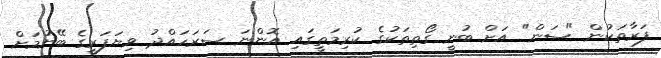
ފަރާތަކުން "ސަން" އަށް ބުނީ ގޯތިތަކުގެ ކުރިމަތީގައި އޮންނަ ސަރަހައްދު ވިޔަފަރީގެ ބޭނުމަށް